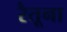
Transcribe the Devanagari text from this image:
रैतूना